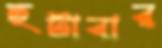
হটাবার